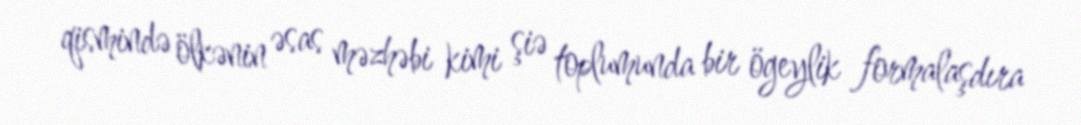
qismində ölkənin əsas məzhəbi kimi şiə toplumunda bir ögeylik formalaşdıra